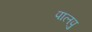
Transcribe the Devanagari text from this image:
पालपु